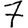
Digit: 7